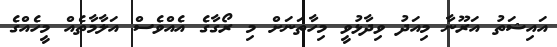
އައިޝަތު އަރޫނާ މިއަދު ވިދާޅުވީ މިހާތަނަށް މި ރޯގާގެ އެއްވެސް އަލާމާތެއް މީހެއްގެ